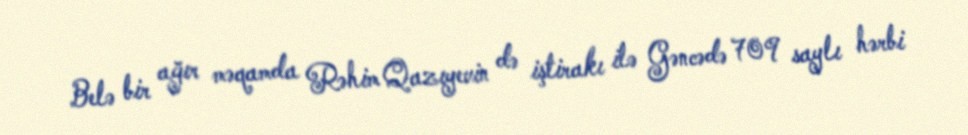
Belə bir ağır məqamda Rəhim Qazıyevin də iştirakı ilə Gəncədə 709 saylı hərbi